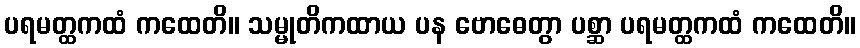
ပရမတ္ထကထံ ကထေတိ။ သမ္မုတိကထာယ ပန ဗောဓေတွာ ပစ္ဆာ ပရမတ္ထကထံ ကထေတိ။